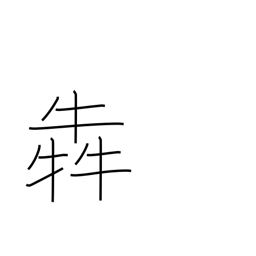
Meaning: clamour